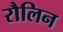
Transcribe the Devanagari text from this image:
रौलिन